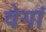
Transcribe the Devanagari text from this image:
वेगां